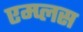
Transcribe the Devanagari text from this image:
एम्प्लस